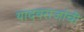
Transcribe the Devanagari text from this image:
यादवराजांची